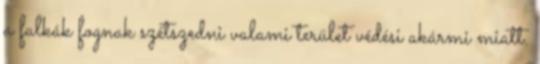
a falkák fognak szétszedni valami terület védési akármi miatt.